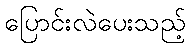
ပြောင်းလဲပေးသည့်